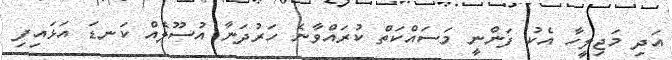
އަދި މަޖިލީހާ އެކު ފަންނީ މަސައްކަތް ކުރައްވާނެ ހަރުދަނާ އުސޫލެއް ކަނޑަ އަޅައިފި